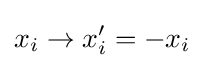
x_{i}\rightarrow x_{i}'=-x_{i}